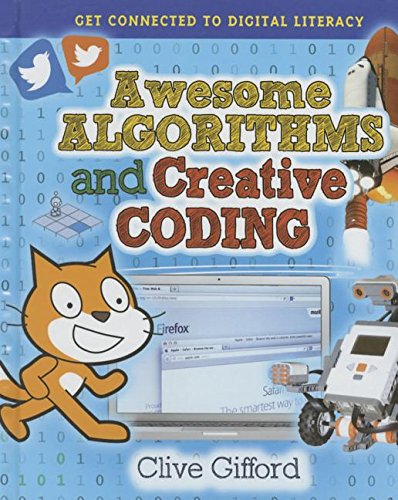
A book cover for Awesome Algorithms and Creative Coding (Get Connected to Digital Literacy); Clive Gifford; Children's Books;